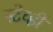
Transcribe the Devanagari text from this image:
स्टेव्ही